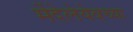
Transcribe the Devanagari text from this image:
मेंदेलेयेवच्या